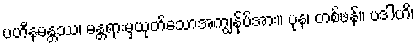
ပဟီနမန္တဿ၊ မန္တရားမှယုတ်သောအကျွန်ုပ်အား။ ပုန၊ တစ်ဖန်။ ပဒါဟိ၊